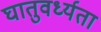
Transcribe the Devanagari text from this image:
घातुवर्ध्यता